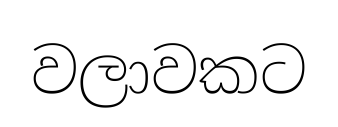
වලාවකට